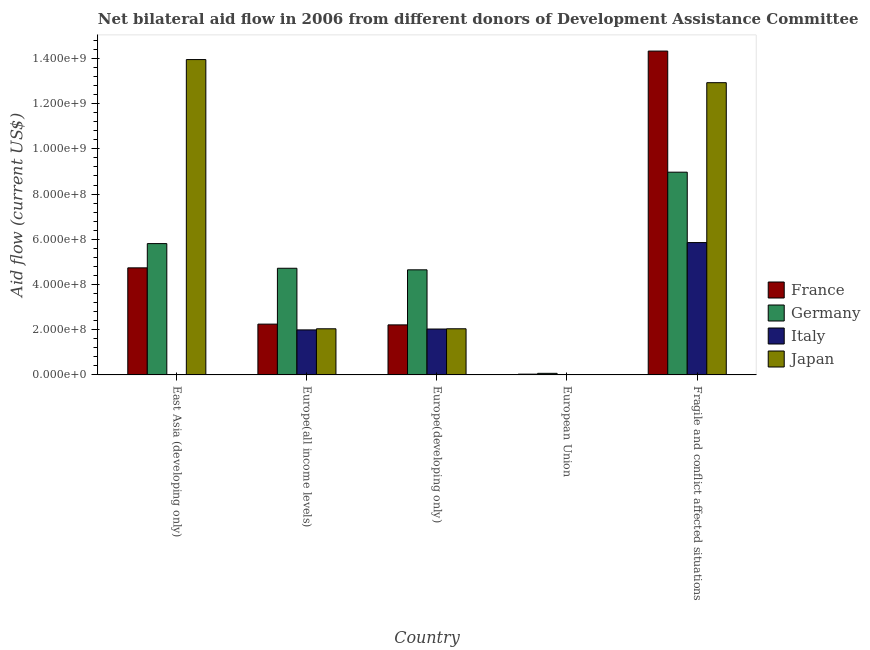
| Country | France | Germany | Italy | Japan |
 | --- | --- | --- | --- | --- |
 | East Asia (developing only) | 4.74e+08 | 5.81e+08 | -1.88e+07 | 1.39e+09 |
 | Europe(all income levels) | 2.25e+08 | 4.72e+08 | 1.99e+08 | 2.04e+08 |
 | Europe(developing only) | 2.21e+08 | 4.65e+08 | 2.03e+08 | 2.04e+08 |
 | European Union | 3.39e+06 | 6.94e+06 | -3.89e+06 | -6e+04 |
 | Fragile and conflict affected situations | 1.43e+09 | 8.97e+08 | 5.85e+08 | 1.29e+09 |